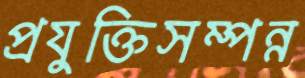
প্রযুক্তিসম্পন্ন